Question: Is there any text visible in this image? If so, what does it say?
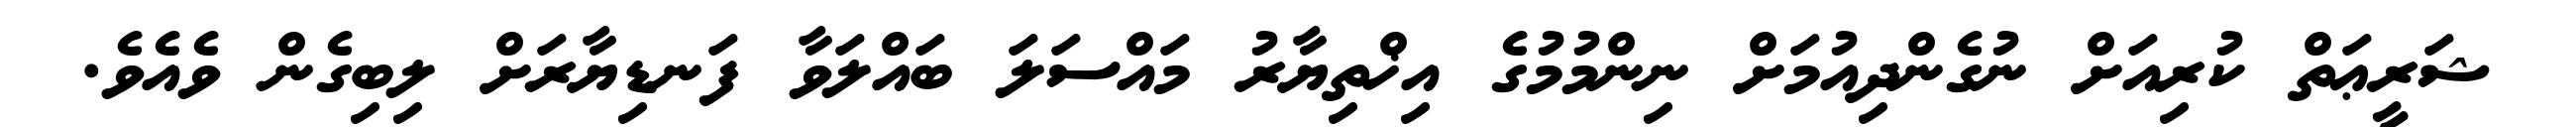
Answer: ޝަރީޢަތް ކުރިއަށް ނުގެންދިއުމަށް ނިންމުމުގެ އިޚްތިޔާރު މައްސަލަ ބައްލަވާ ފަނޑިޔާރަށް ލިބިގެން ވެއެވެ.